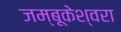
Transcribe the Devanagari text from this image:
जम्बूकेश्‍वरा